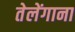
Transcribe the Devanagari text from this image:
तेलेंगाना